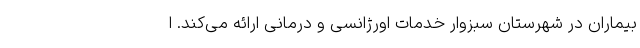
بیماران در شهرستان سبزوار خدمات اورژانسی و درمانی ارائه می‌کند. ا